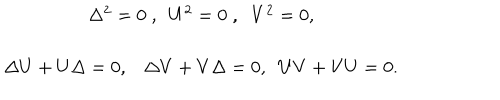
LaTeX: \begin{array} { c c } { { \Delta ^ { 2 } = 0 \; , \; \; U ^ { 2 } = 0 \; , \; \; V ^ { 2 } = 0 , } } & { { } } \\ { { } } & { { } } \\ { { \Delta U + U \Delta = 0 , \Delta V + V \Delta = 0 , \; \; U V + V U = 0 . } } & { { } } \\ \end{array}